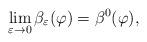
LaTeX: \begin{align*} \lim_{\varepsilon \rightarrow 0} \beta_{\varepsilon}(\varphi) = \beta^0(\varphi), \end{align*}